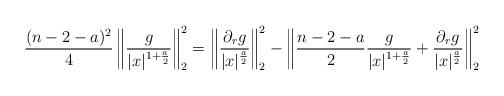
\begin{align*}\frac{(n-2-a)^2}{4}\left\|\frac{g}{|x|^{1+\frac{a}{2}}}\right\|_2^2=\left\|\frac{\partial_rg}{|x|^{\frac{a}{2}}}\right\|_2^2-\left\|\frac{n-2-a}{2}\frac{g}{|x|^{1+\frac{a}{2}}}+\frac{\partial_rg}{|x|^{\frac{a}{2}}}\right\|_2^2\end{align*}